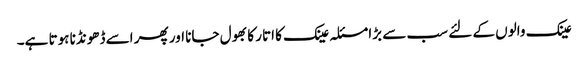
عینک والوں کے لئے سب سے بڑا مسئلہ عینک کا اتار کا بھول جانا اور پھر اسے ڈھونڈنا ہوتا ہے۔